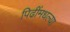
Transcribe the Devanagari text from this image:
पिढींमधल्या